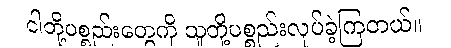
ငါတို့ပစ္စည်းတွေကို သူတို့ပစ္စည်းလုပ်ခဲ့ကြတယ်။